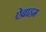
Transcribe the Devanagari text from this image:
ऐब्राहम